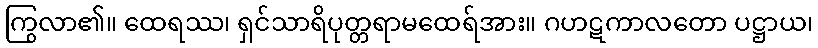
ကြွလာ၏။ ထေရဿ၊ ရှင်သာရိပုတ္တရာမထေရ်အား။ ဂဟဋကာလတော ပဋ္ဌာယ၊